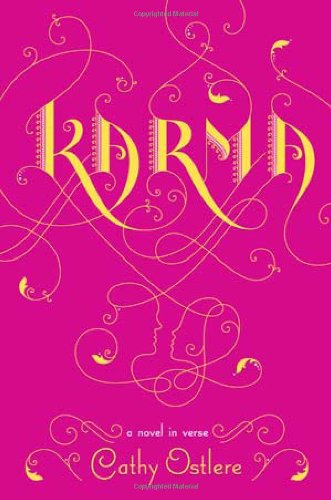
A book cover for Karma; Cathy Ostlere; Teen & Young Adult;